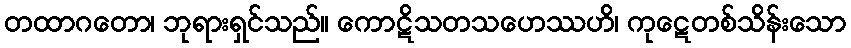
တထာဂတော၊ ဘုရားရှင်သည်။ ကောဋိသတသဟေဿဟိ၊ ကုဋေတစ်သိန်းသော